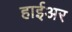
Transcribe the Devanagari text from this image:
हाईअर